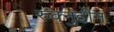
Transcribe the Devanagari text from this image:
रुक्नुद्दीन